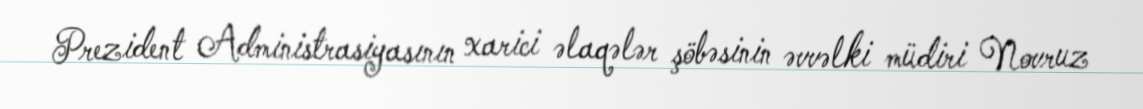
Prezident Administrasiyasının xarici əlaqələr şöbəsinin əvvəlki müdiri Novruz